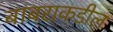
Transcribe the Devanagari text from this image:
बाबराकडील